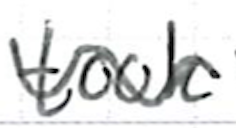
Text: took
Cross-out: mix
Writing tool: ballpoint